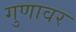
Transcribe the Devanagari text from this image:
गुणावर